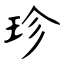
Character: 珍